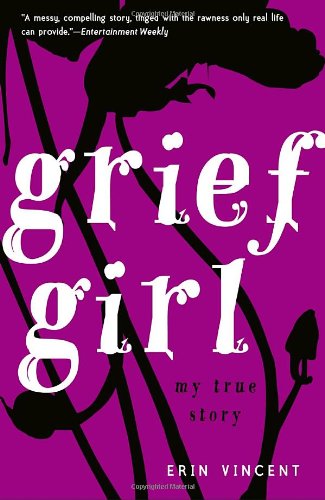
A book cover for Grief Girl; Erin Vincent; Teen & Young Adult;